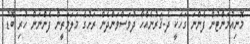
މޮނިއުމަންޓުން ފެންނަ ގަހަކީ ދެ-ޤަރުނެއްހާ ދުވަސްވަންދެން ރަށުގެ މަލަމަތީން ފެންނަން ހުރި ބޮޑު